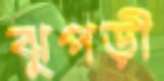
ঝুপড়ী